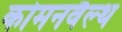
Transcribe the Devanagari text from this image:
कोमनवैल्थ